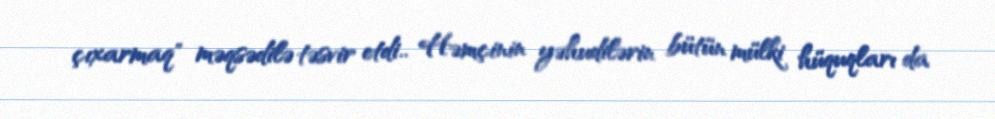
çıxarmaq" məqsədilə təsvir etdi.. Həmçinin yəhudilərin bütün mülki hüquqları da